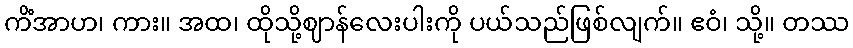
ကိံအာဟ၊ ကား။ အထ၊ ထိုသို့ဈာန်လေးပါးကို ပယ်သည်ဖြစ်လျက်။ ဧဝံ၊ သို့။ တဿ